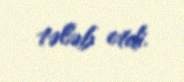
tələb etdi.